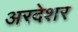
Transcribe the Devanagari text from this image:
अरदेशर